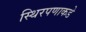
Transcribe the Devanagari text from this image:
स्थिरपणाकडे